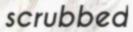
scrubbed